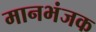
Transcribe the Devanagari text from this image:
मानभंजक